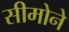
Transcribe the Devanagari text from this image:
सीमोने